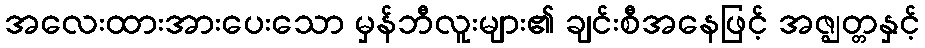
အလေးထားအားပေးသော မှန်ဘီလူးများ၏ ချင်းစီအနေဖြင့် အဇ္ဈတ္တနှင့်